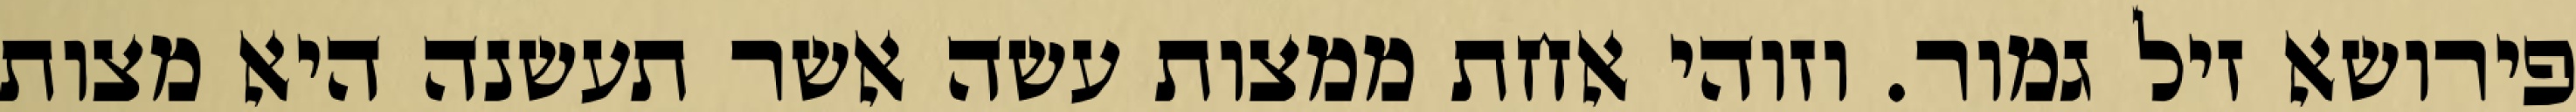
פירושא זיל גמור. וזוהי אחת ממצות עשה אשר תעשנה היא מצות